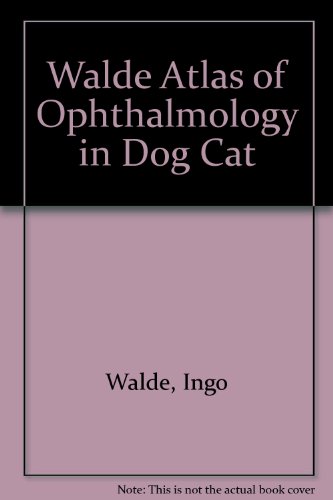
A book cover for Atlas of Ophthalmology in Dogs and Cats; Ingo Walde; Medical Books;